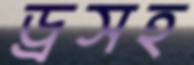
ড্রসহ